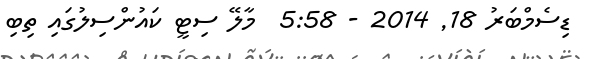
ޑިސެމްބަރު 18